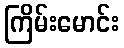
ကြိမ်းမောင်း